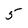
Character: 5